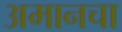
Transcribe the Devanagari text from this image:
अमानचा